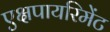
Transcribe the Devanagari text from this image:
एक्षपायरिमेंट